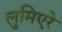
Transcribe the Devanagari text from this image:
लुमिएरे